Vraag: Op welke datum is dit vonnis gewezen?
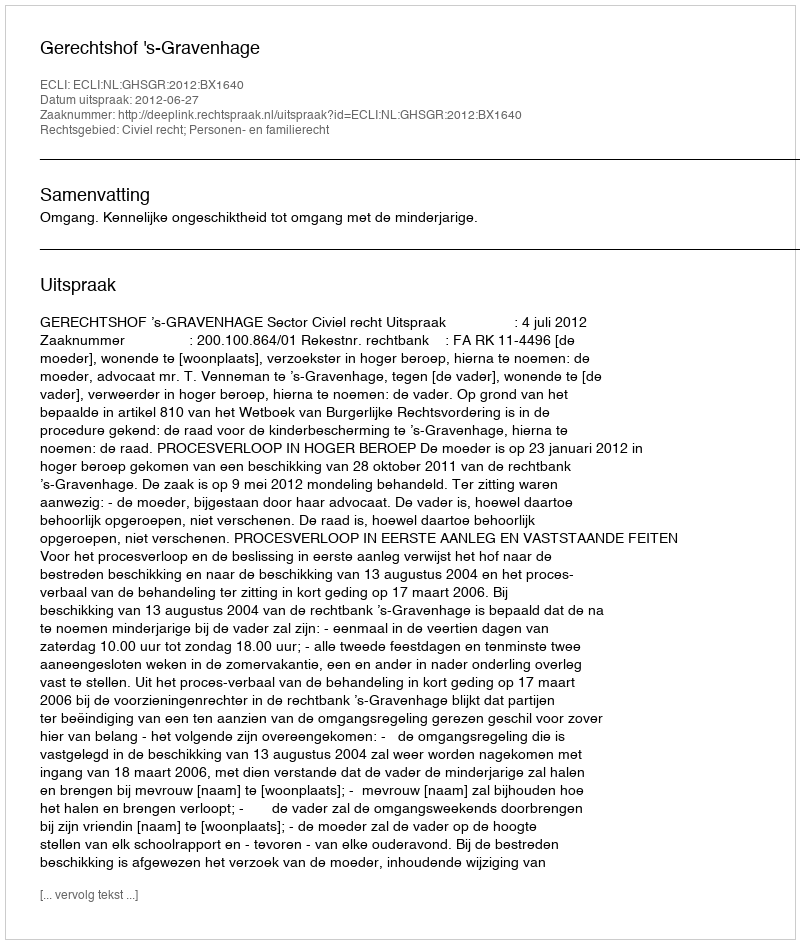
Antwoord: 2012-06-27